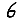
Digit: 6